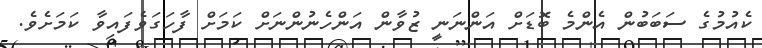
ކެއުމުގެ ސަބަބުން އެންމެ ބޮޑަށް އަންނަނީ ޒުވާން އަންހެނުންނަށް ކަމަށް ފާހަގަވެފައިވާ ކަމަށެވެ.